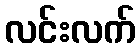
လင်းလက်